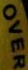
OVEN